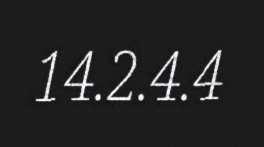
14.2.4.4